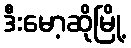
ဒီးမော့ဆိုမြို့